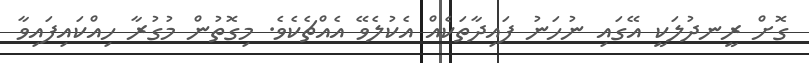
ގޮށް ރީނދުލަކީ އޭގައި ނުހަނު ފައިދާތަކެއް އެކުލެވޭ އެއްޗެކެވެ. މިގޮތުން މުގުރާ ހިއްކައިފައިވާ